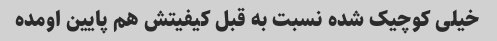
خیلی کوچیک شده نسبت به قبل کیفیتش هم پایین اومده